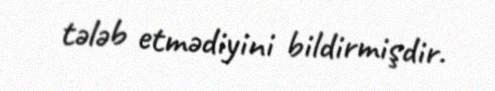
tələb etmədiyini bildirmişdir.